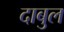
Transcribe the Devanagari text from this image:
दाबुल